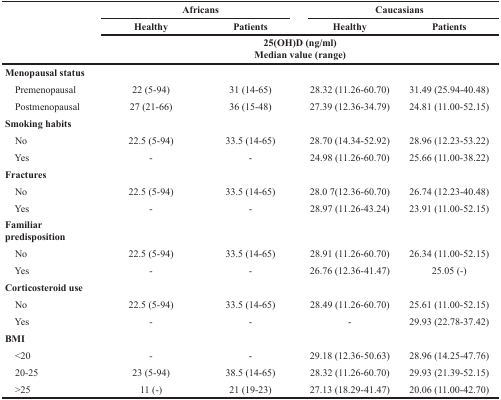
<table><thead><tr><td rowspan="3"></td><td colspan="2"><b>Africans</b></td><td colspan="2"><b>Caucasians</b></td></tr><tr><td><b>Healthy</b></td><td><b>Patients</b></td><td><b>Healthy</b></td><td><b>Patients</b></td></tr><tr><td colspan="4"><b>25(OH)D (ng/ml)Median value (range)</b></td></tr></thead><tbody><tr><td><b>Menopausal status</b></td><td></td><td></td><td></td><td></td></tr><tr><td> Premenopausal</td><td>22 (5-94)</td><td>31 (14-65)</td><td>28.32 (11.26-60.70)</td><td>31.49 (25.94-40.48)</td></tr><tr><td> Postmenopausal</td><td>27 (21-66)</td><td>36 (15-48)</td><td>27.39 (12.36-34.79)</td><td>24.81 (11.00-52.15)</td></tr><tr><td><b>Smoking habits</b></td><td></td><td></td><td></td><td></td></tr><tr><td> No</td><td>22.5 (5-94)</td><td>33.5 (14-65)</td><td>28.70 (14.34-52.92)</td><td>28.96 (12.23-53.22)</td></tr><tr><td> Yes</td><td>-</td><td>-</td><td>24.98 (11.26-60.70)</td><td>25.66 (11.00-38.22)</td></tr><tr><td><b>Fractures</b></td><td></td><td></td><td></td><td></td></tr><tr><td> No</td><td>22.5 (5-94)</td><td>33.5 (14-65)</td><td>28.0 7(12.36-60.70)</td><td>26.74 (12.23-40.48)</td></tr><tr><td> Yes</td><td>-</td><td>-</td><td>28.97 (11.26-43.24)</td><td>23.91 (11.00-52.15)</td></tr><tr><td><b>Familiar predisposition</b></td><td></td><td></td><td></td><td></td></tr><tr><td> No</td><td>22.5 (5-94)</td><td>33.5 (14-65)</td><td>28.91 (11.26-60.70)</td><td>26.34 (11.00-52.15)</td></tr><tr><td> Yes</td><td>-</td><td>-</td><td>26.76 (12.36-41.47)</td><td>25.05 (-)</td></tr><tr><td><b>Corticosteroid use</b></td><td></td><td></td><td></td><td></td></tr><tr><td> No</td><td>22.5 (5-94)</td><td>33.5 (14-65)</td><td>28.49 (11.26-60.70)</td><td>25.61 (11.00-52.15)</td></tr><tr><td> Yes</td><td>-</td><td>-</td><td>-</td><td>29.93 (22.78-37.42)</td></tr><tr><td><b>BMI</b></td><td></td><td></td><td></td><td></td></tr><tr><td> &lt;20</td><td>-</td><td>-</td><td>29.18 (12.36-50.63)</td><td>28.96 (14.25-47.76)</td></tr><tr><td> 20-25</td><td>23 (5-94)</td><td>38.5 (14-65)</td><td>28.32 (11.26-60.70)</td><td>29.93 (21.39-52.15)</td></tr><tr><td> &gt;25</td><td>11 (-)</td><td>21 (19-23)</td><td>27.13 (18.29-41.47)</td><td>20.06 (11.00-42.70)</td></tr></tbody></table>